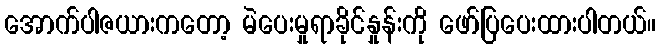
အောက်ပါဇယားကတော့ မဲပေးမှုရာခိုင်နှုန်းကို ဖော်ပြပေးထားပါတယ်။